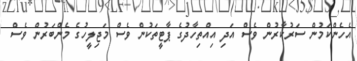
އެހެންކަމުން ސަރުކާރުން ވެސް އަދި އިއްތިހާދުގެ ޕާޓީތަކުން ވެސް މަޖިލީހުގެ މެންބަރުން ވެސް